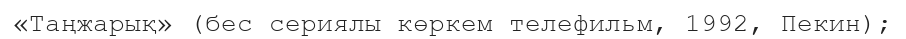
«Таңжарық» (бес сериялы көркем телефильм, 1992, Пекин);